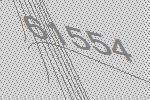
61554